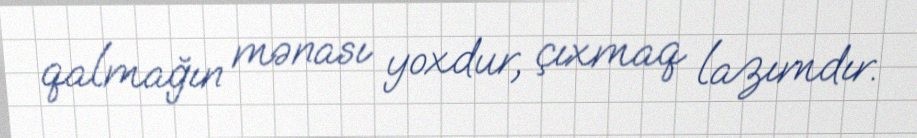
qalmağın mənası yoxdur, çıxmaq lazımdır.